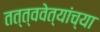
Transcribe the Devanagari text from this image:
तत्त्ववेत्यांच्या